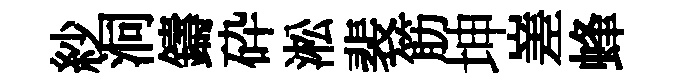
紗洞鑄砕淞裴筋坤嵳蜂